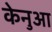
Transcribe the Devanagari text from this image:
केनुआ